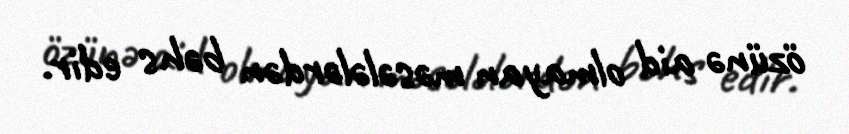
özünə aid olmayan məsələlərdən bəhs edir.